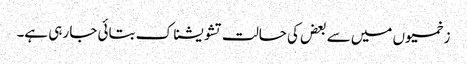
زخمیوں میں سے بعض کی حالت تشویشناک بتائی جا رہی ہے۔